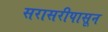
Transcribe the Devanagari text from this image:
सरासरीपासून